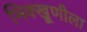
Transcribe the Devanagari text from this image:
भिक्खूणीला